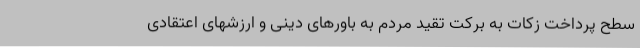
سطح پرداخت زکات به برکت تقید مردم به باورهای دینی و ارزشهای اعتقادی